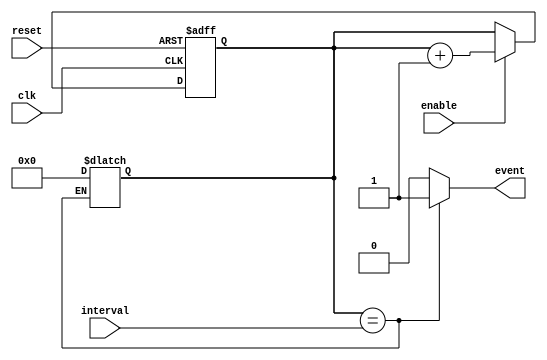
module event_timer (
    input wire clk,
    input wire reset,
    input wire enable,
    input wire [7:0] interval,
    output reg event
);

reg [7:0] count;

always @ (posedge clk or posedge reset)
begin
    if (reset)
        count <= 8'h00;
    else if (enable)
        count <= count + 1;
end

always @ (*)
begin
    if (count == interval)
    begin
        event <= 1;
        count <= 8'h00;
    end
    else
        event <= 0;
end

endmodule